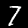
Digit: 7